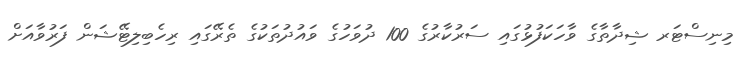
މިނިސްޓަރ ޝިދާތާގެ ވާހަކަފުޅުގައި ސަރުކާރުގެ 100 ދުވަހުގެ ވައުދުތަކުގެ ތެރޭގައި ރިހެބިލިޓޭޝަން ފަރުވާއަށް